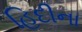
હિદીના